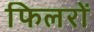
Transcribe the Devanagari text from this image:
फिलरों